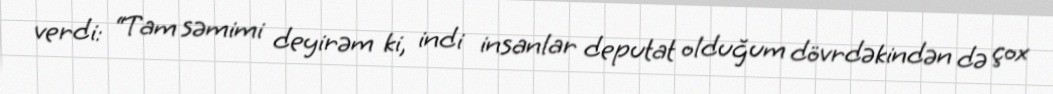
verdi: “Tam səmimi deyirəm ki, indi insanlar deputat olduğum dövrdəkindən də çox